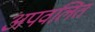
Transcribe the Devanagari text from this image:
अपवलित